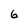
Character: 6